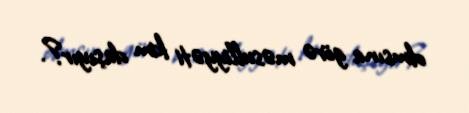
olmsına görə məsulliyyəti kim daşıyır?.